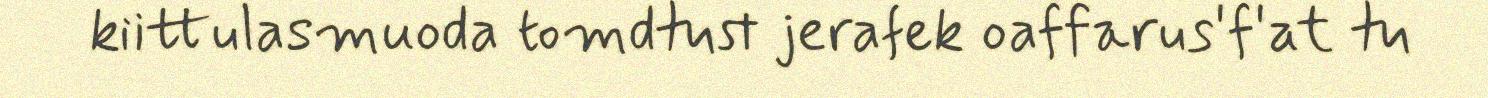
kiittulasmuoda tomdtust jerafek oaffarus'f'at tu